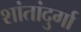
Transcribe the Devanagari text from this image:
शांतांदुर्गा